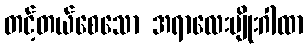
တင့်တယ်စေသော အရာလေးမျိုးဂါထာ